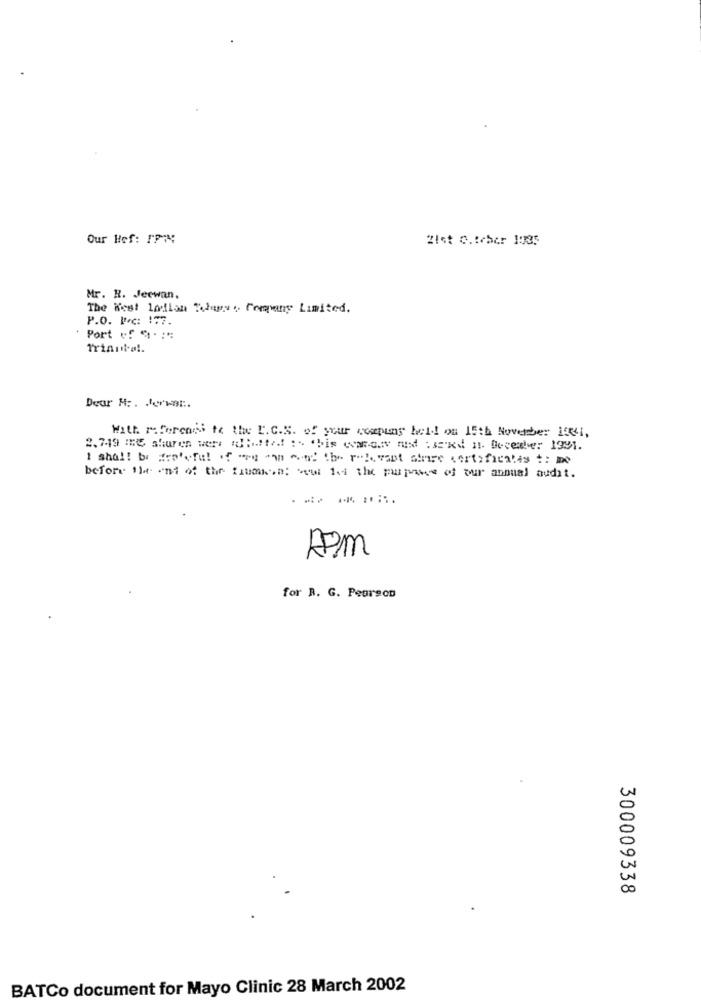
Our Hef: IP ?:
21st c.teher 1935
Mr. R. Jeewan.
The West Letian Todaes : Company Limited.
P.O. Poc: 177.
Port :1 9 .:*
Trinita !.
Dear M: . Jerwat :.
With referensi to the C.C.S. of your compung held on 15th November 1041,
2.719 me shuren wens (:este! :- "bis wanaav and := xd Il Docede: 1991.
I shall be aratoful of "es "i wont the relevant stare certificalis : me
before the ant of the thomsen; sew for the purpose of our annual audit.
APM
for R. G. Pearson
300009338
BATCo document for Mayo Clinic 28 March 2002